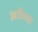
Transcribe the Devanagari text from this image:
अत्रेंच्या